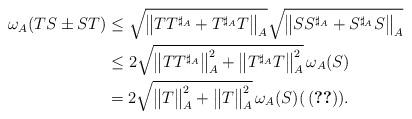
LaTeX: \begin{align*}\omega_A(TS \pm ST)&\leq \sqrt{{\big\|TT^{\sharp_A} + T^{\sharp_A} T\big\|}_A}\sqrt{{\big\|SS^{\sharp_A} + S^{\sharp_A} S\big\|}_A}\\&\leq 2\sqrt{\big\|TT^{\sharp_A}\big\|_A^2+\big\|T^{\sharp_A} T\big\|_A^2}\,\omega_A(S)\\&= 2\sqrt{\big\|T\big\|_A^2+\big\|T\big\|_A^2}\,\omega_A(S)(\,\eqref{diez}).\end{align*}